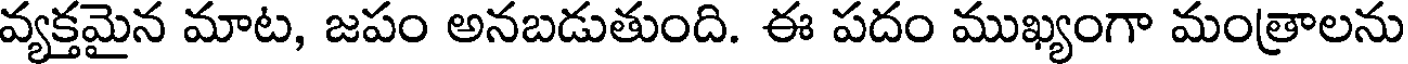
వ్యక్తమైన మాట, జపం అనబడుతుంది. ఈ పదం ముఖ్యంగా మంత్రాలను